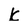
Character: k